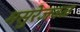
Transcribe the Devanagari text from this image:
मसुरेजवळ